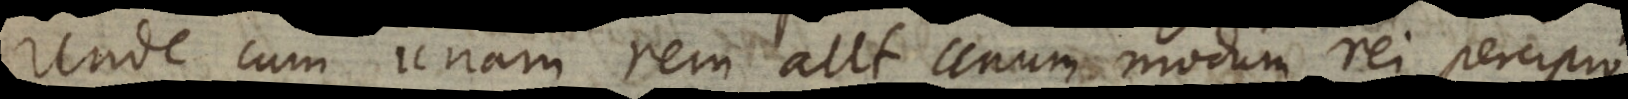
Unde cum unam rem aut unum modum rei percipio